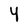
Character: Y